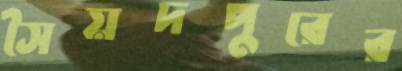
সৈয়দপুরের